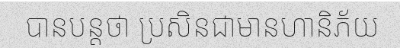
បានបន្តថា ប្រសិនជាមានហានិភ័យ